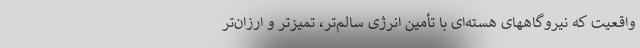
واقعیت که نیروگاههای هسته‌ای با تأمین انرژی سالم‌تر، تمیزتر و ارزان‌تر